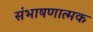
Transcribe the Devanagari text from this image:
संभाषणात्मक